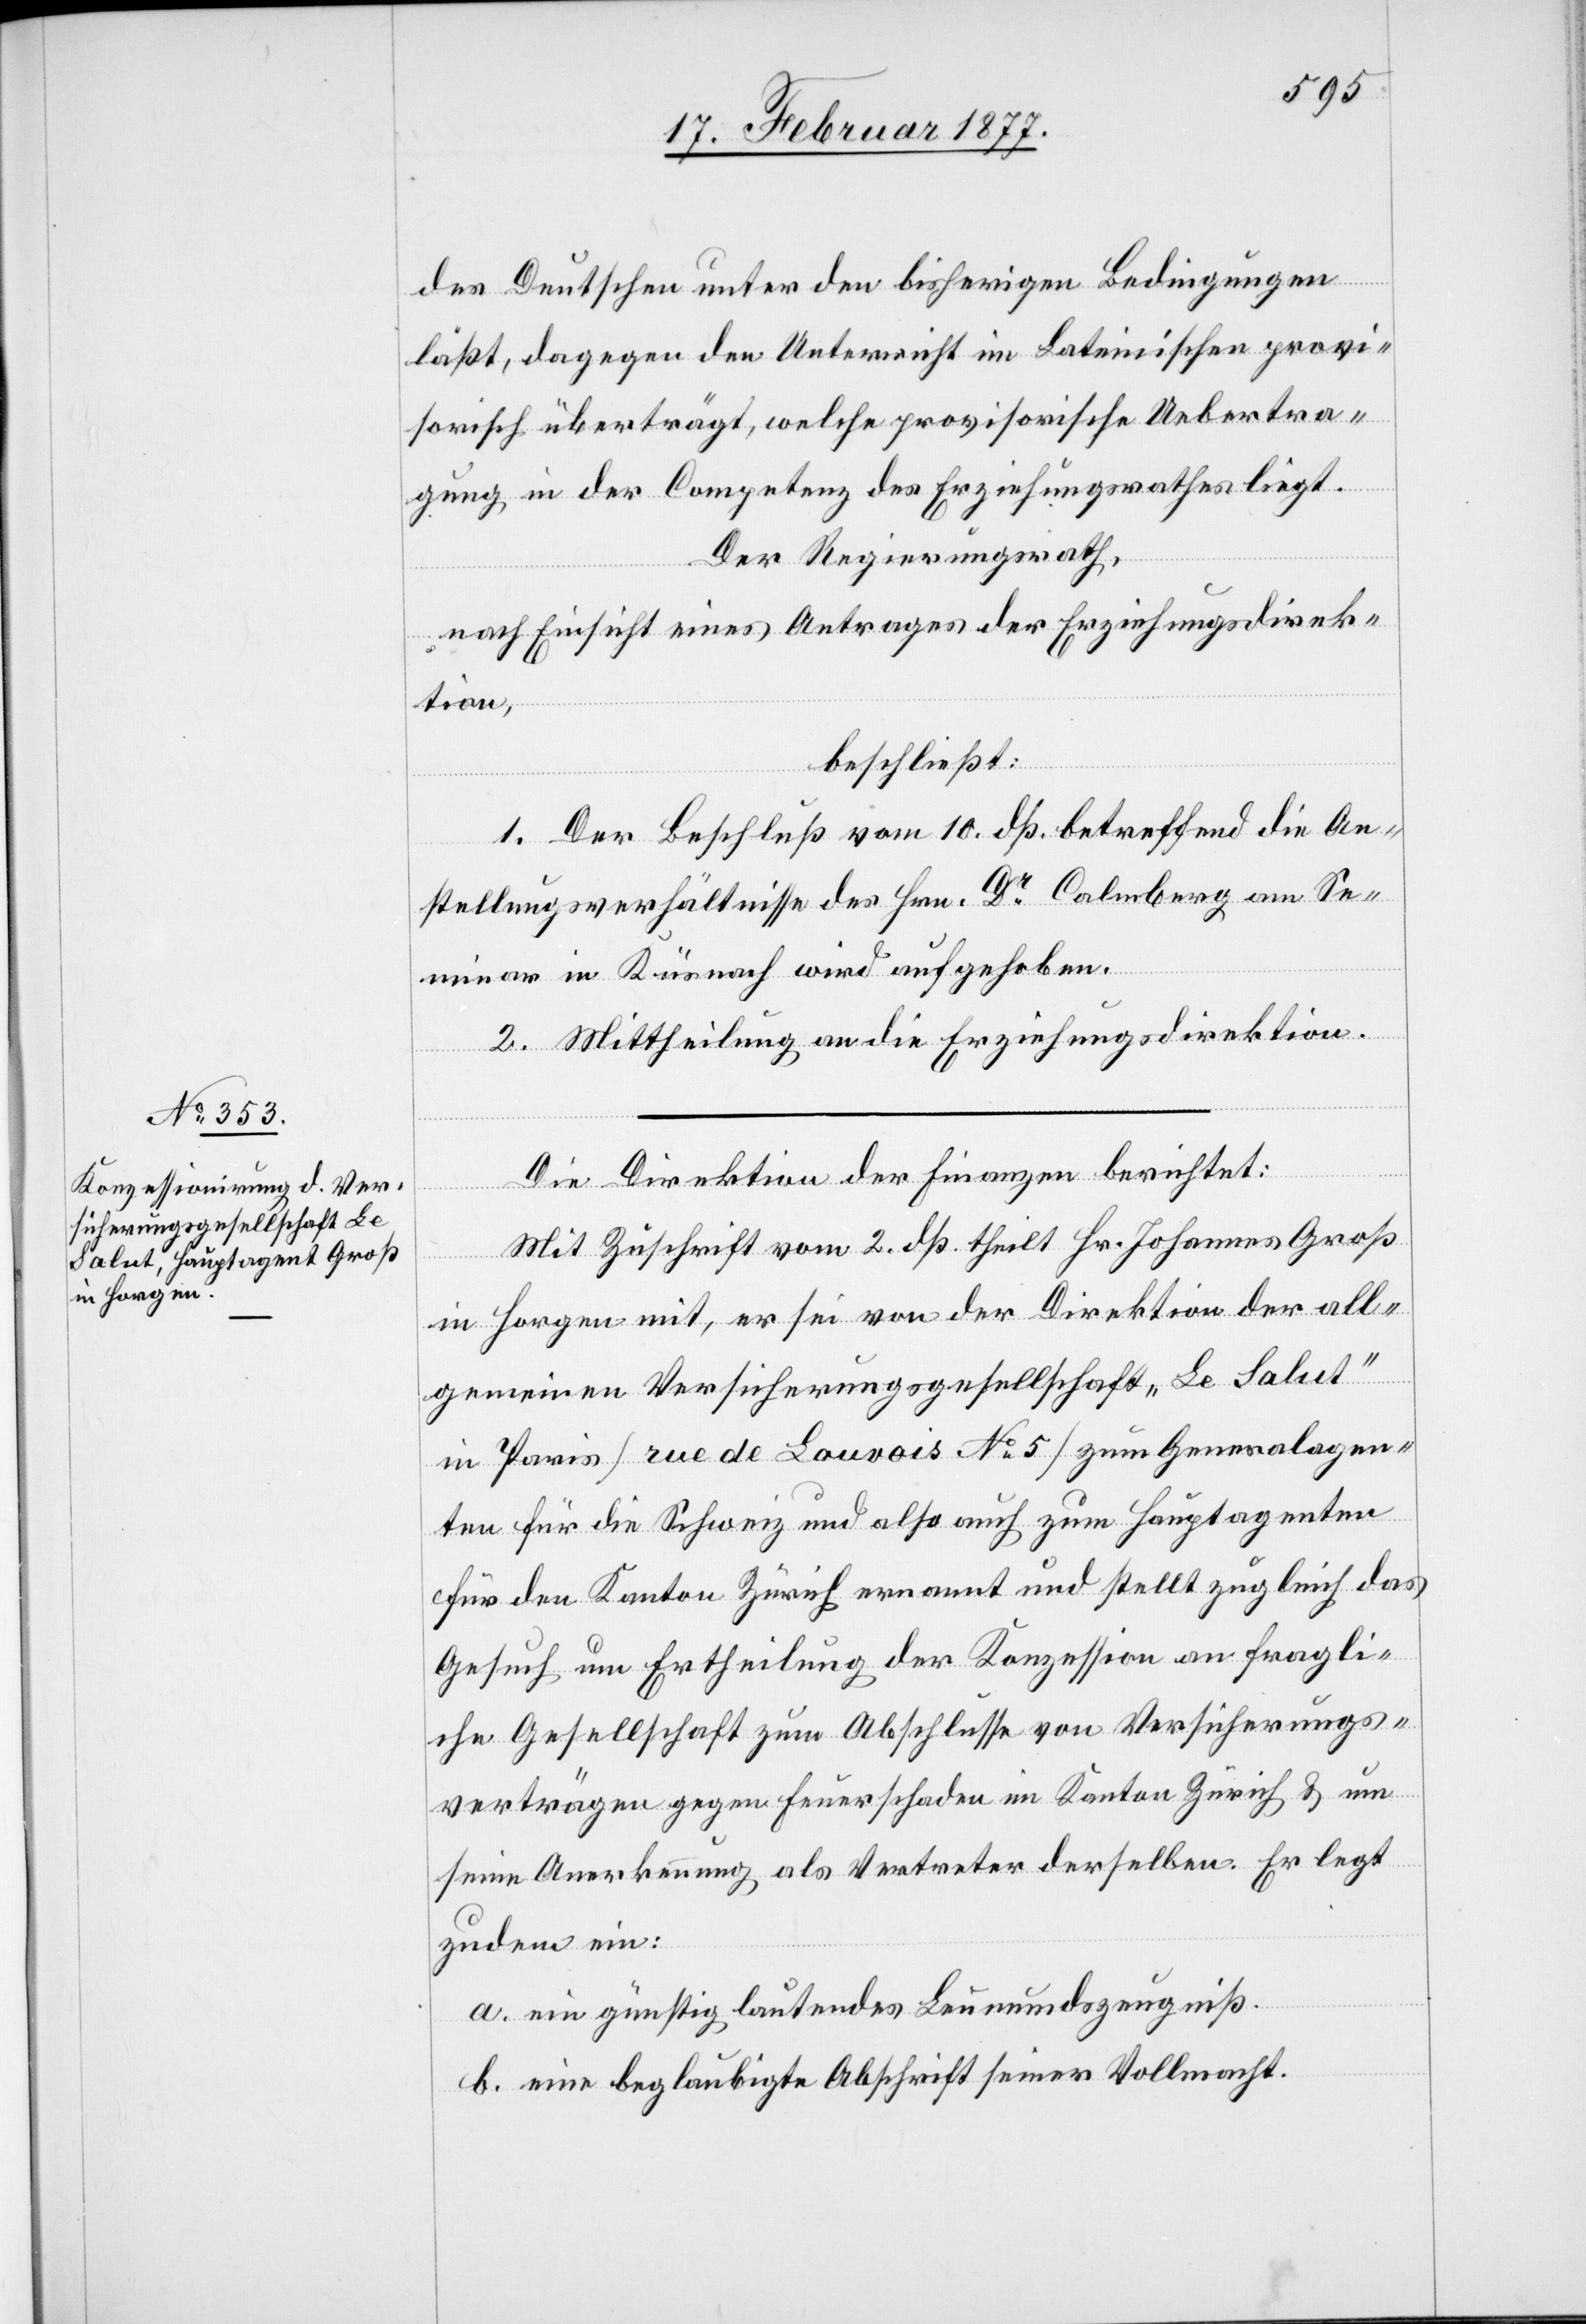
des Deutschen unter den bisherigen Bedingungen
läßt, dagegen den Unterricht im Lateinischen provi¬
sorisch überträgt, welche provisorische Uebertra¬
gung in der Competenz des Erziehungsrathes liegt.
Der Regierungsrath,
nach Einsicht eines Antrages der Erziehungsdirek¬
tion,
beschließt:
1. Der Beschluß vom 10. dß. betreffend die An¬
stellungsverhältnisse des Hrn. Dr Calmberg am Se¬
minar in Küsnacht wird aufgehoben.
2. Mittheilung an die Erziehungsdirektion.
Die Direktion der Finanzen berichtet:
Mit Zuschrift vom 2. dß. theilt Hr. Johannes Groß
in Horgen mit, er sei von der Direktion der all¬
gemeinen Versicherungsgesellschaft „Le Salut“
in Paris [rue de Louvois No 5] zum Generalagen¬
ten für die Schweiz und also auch zum Hauptagenten
für den Kanton Zürich ernannt und stellt zugleich das
Gesuch um Ertheilung der Konzession an fragli¬
che Gesellschaft zum Abschlusse von Versicherungs¬
verträgen gegen Feuerschaden im Kanton Zürich & um
seine Anerkennung als Vertreter derselben. Er legt
zudem ein:
a. ein günstig lautendes Leumundszeugniß.
b. eine beglaubigte Abschrift seiner Vollmacht.